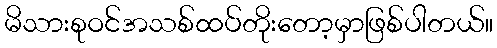
မိသားစုဝင်အသစ်ထပ်တိုးတော့မှာဖြစ်ပါတယ်။